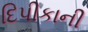
દિપીકાની